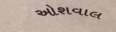
ઓશવાલ